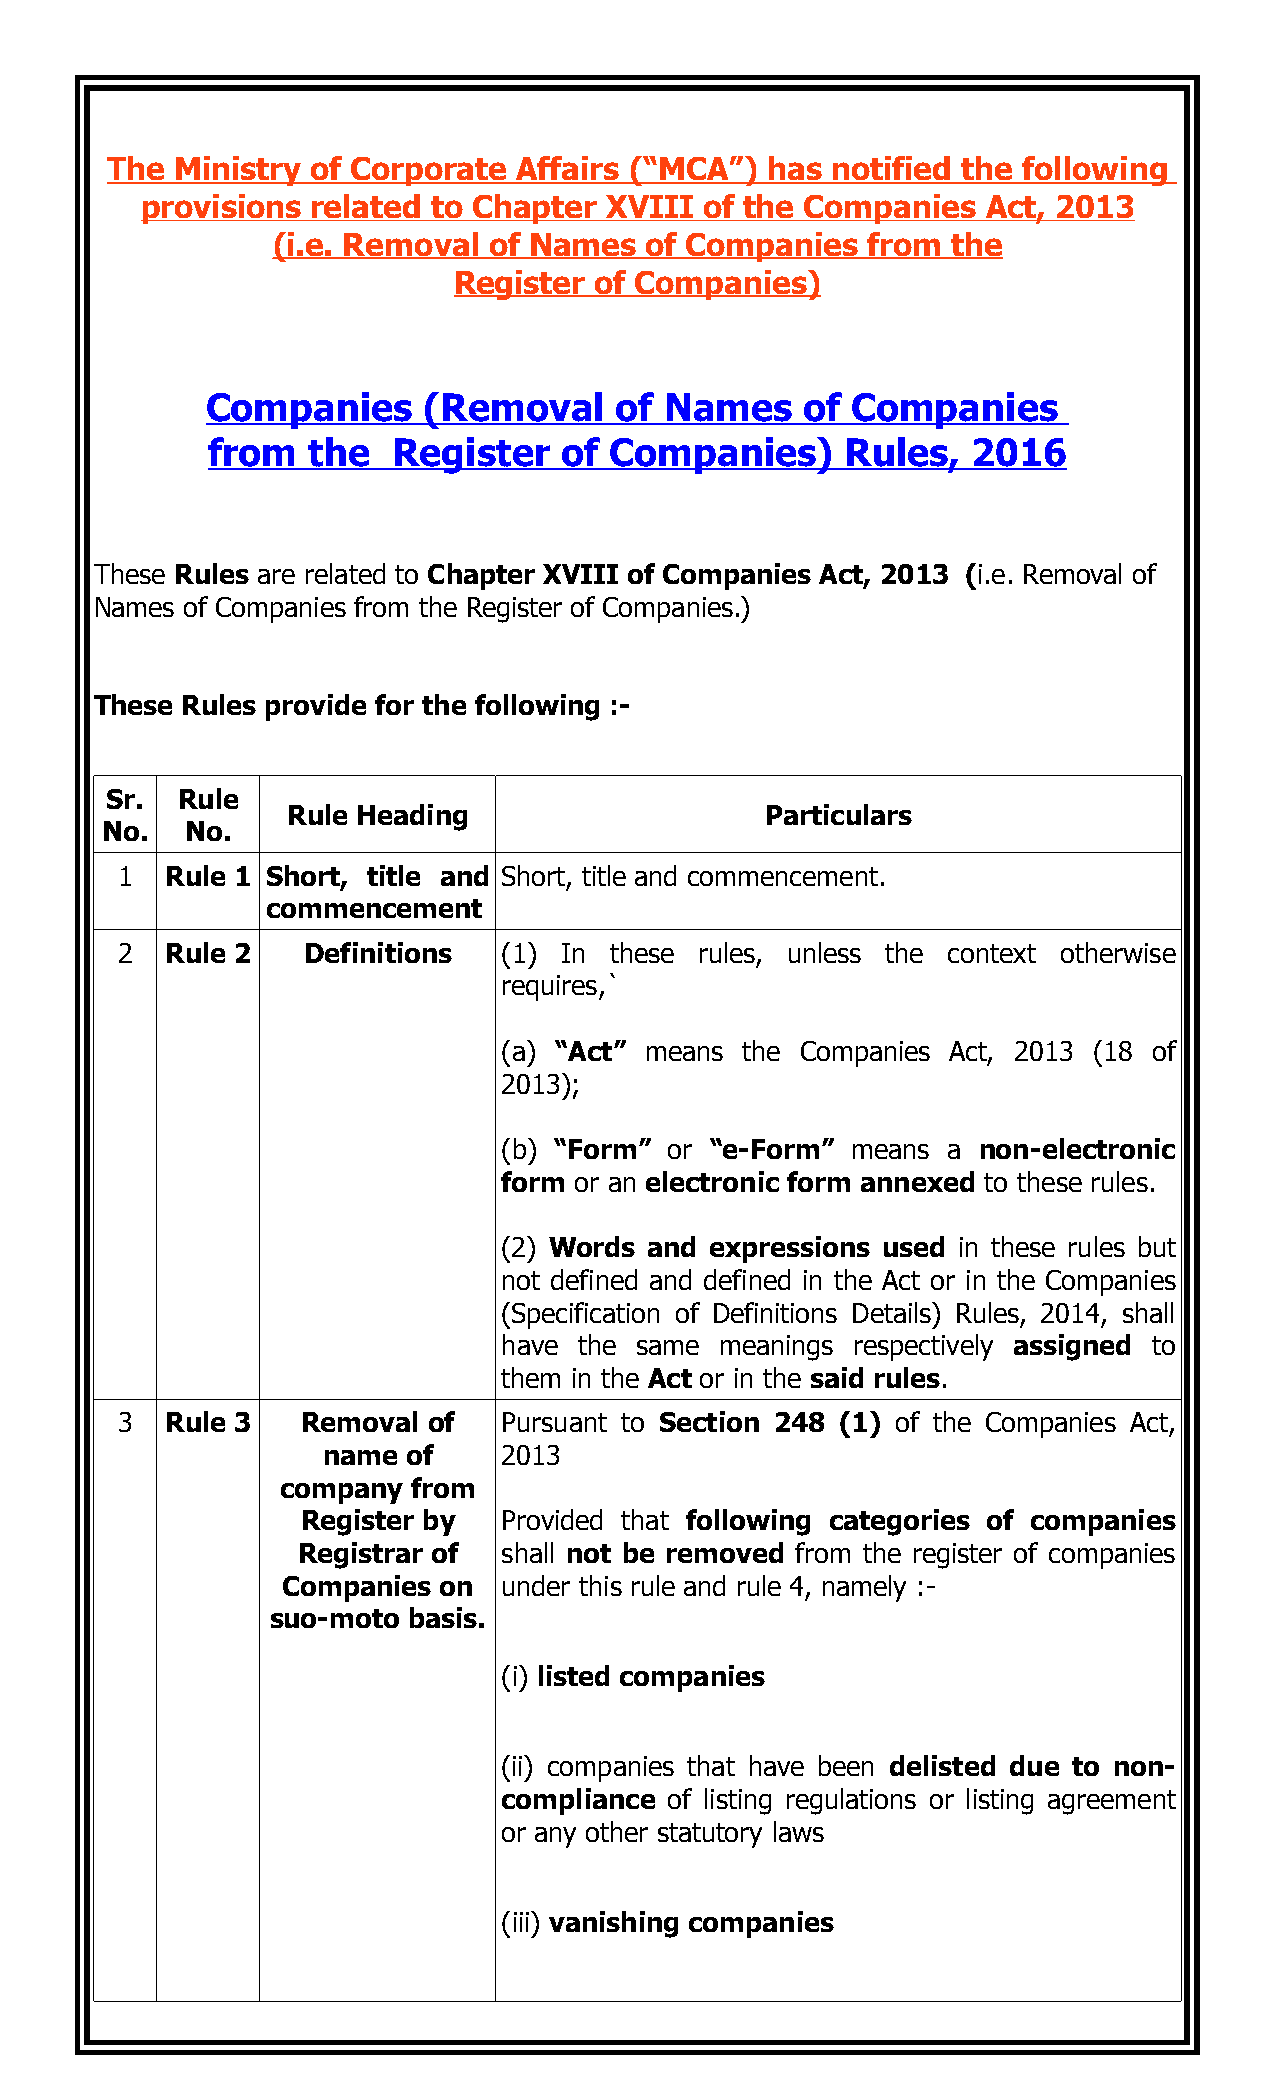
The  Ministry of Corporate Affairs (“MCA”)  has notified the following
 provisions  related to Chapter XVIII  of the Companies  Act, 2013
 (i.e. Removal of Names   of Companies  from  the
 Register of Companies)
 Companies     (Removal     of Names    of Companies
 from  the   Register   of Companies)      Rules,  2016
 These Rules are related to Chapter XVIII of Companies Act, 2013 (i.e. Removal of
 Names of Companies from the Register of Companies.)
 These Rules provide for the following :-
 Sr.  Rule
 Rule Heading                    Particulars
 No.  No.
 1  Rule 1 Short, title and Short, title and commencement.
 commencement
 2  Rule 2   Definitions  (1) In these rules, unless the context otherwise
 requires,`
 (a) “Act” means the Companies Act, 2013 (18 of
 2013);
 (b) “Form” or “e-Form” means  a non-electronic
 form or an electronic form annexed to these rules.
 (2) Words and expressions used in these rules but
 not defined and defined in the Act or in the Companies
 (Specification of Definitions Details) Rules, 2014, shall
 have the same  meanings respectively assigned to
 them in the Act or in the said rules.
 3  Rule 3   Removal of   Pursuant to Section 248 (1) of the Companies Act,
 name  of    2013
 company from
 Register by  Provided that following categories of companies
 Registrar of shall not be removed from the register of companies
 Companies on  under this rule and rule 4, namely :-
 suo-moto basis.
 (i) listed companies
 (ii) companies that have been delisted due to non-
 compliance of listing regulations or listing agreement
 or any other statutory laws
 (iii) vanishing companies